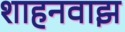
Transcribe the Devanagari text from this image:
शाहनवाझ